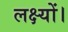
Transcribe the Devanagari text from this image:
लक्ष्यों।